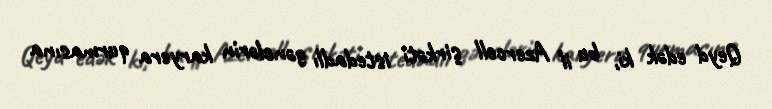
Qeyd edək ki, bu il Azercell şirkəti istedadlı gənclərin karyera qurmasına